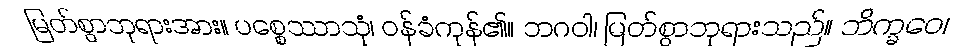
မြတ်စွာဘုရားအား။ ပစ္စေဿာသုံ၊ ဝန်ခံကုန်၏။ ဘဂဝါ၊ မြတ်စွာဘုရားသည်။ ဘိက္ခဝေ၊